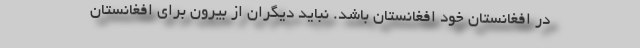
در افغانستان خود افغانستان باشد. نباید دیگران از بیرون برای افغانستان